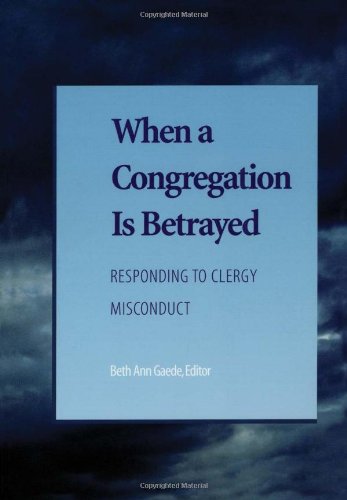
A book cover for When a Congregation Is Betrayed: Responding to Clergy Misconduct; Candace R. Benyei; Christian Books & Bibles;